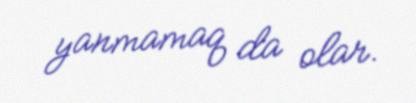
yanmamaq da olar.